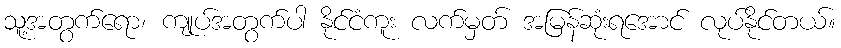
သူ့အတွက်ရော၊ ကျုပ်အတွက်ပါ နိုင်ငံကူး လက်မှတ် အမြန်ဆုံးရအောင် လုပ်နိုင်တယ်။